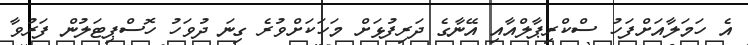
އެ ހަމަލާއަށްފަހު ސްކްރިޕާލްއާއި އޭނާގެ ދަރިފުޅަށް މަހަކަށްވުރެ ގިނަ ދުވަހު ހޮސްޕިޓަލުން ފަރުވާ